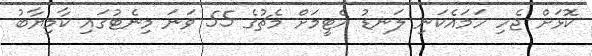
ކޮޅަށް ޖެހި ހަމައެކަނި ލަނޑު އެޓީމަށް މެޗުގެ 55 ވަނަ މިނެޓުގައި ކާމިޔާބު